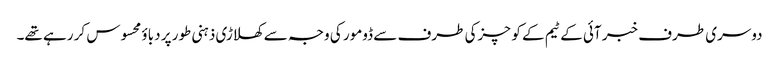
دوسری طرف خبر آئی کے ٹیم کے کوچزکی طرف سے ڈومور کی وجہ سے کھلاڑی ذہنی طور پر دباؤ محسوس کر رہے تھے۔